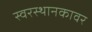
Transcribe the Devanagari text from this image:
स्वरस्थानकावर